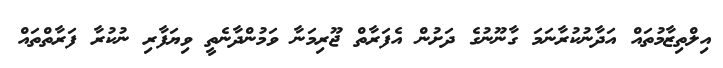
އިލްތިޒާމުތައް އަދާނުކުރާނަމަ ގާނޫނުގެ ދަށުން އެފަރާތް ޖޫރިމަނާ ވަމުންދާނެތީ ވިޔަފާރި ނުކުރާ ފަރާތްތައް